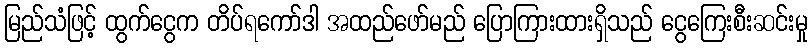
မြည်သံဖြင့် ထွက်ငွေက တိပ်ရကော်ဒါ အထည်ဖော်မည် ပြောကြားထားရှိသည် ငွေကြေးစီးဆင်းမှု